Indian journal of veterinary science and animal husbandry - Volume 3,
Year: 1933
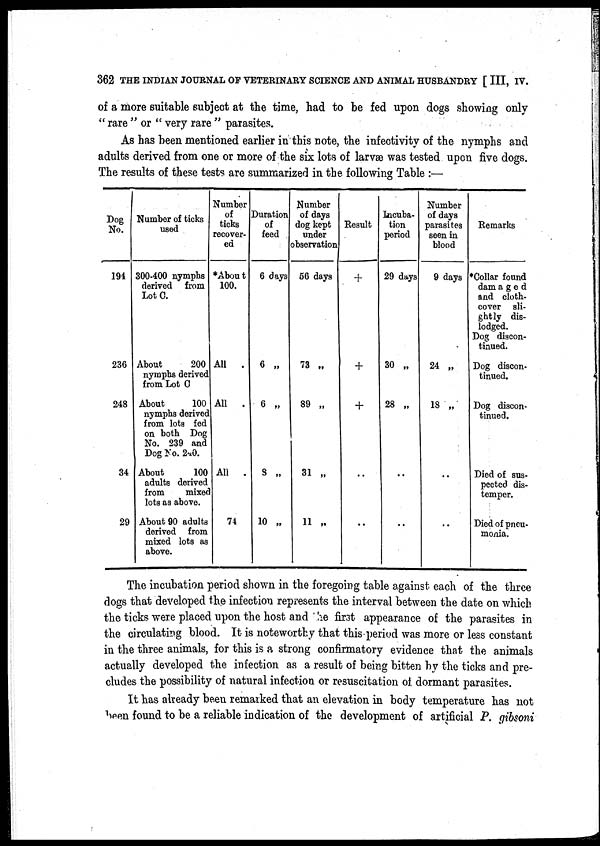
362 THE INDIAN JOURNAL OF VETERINARY SCIENCE AND ANIMAL HUSBANDRY [III, IV.
of a more suitable subject at the time, had to be fed upon dogs showing only
" rare " or " very rare " parasites.
As has been mentioned earlier in this note, the infectivity of the nymphs and
adults derived from one or more of the six lots of larvae was tested upon five dogs.
The results of these tests are summarized in the following Table :—
Dog
No.
194
236
248
34
29
Number of ticks
used
300-400 nymphs
derived from
Lot C.
About
200
nymphs derived
from Lot C
About
100
nymphs derived
from lots fed
on both Dog
No. 239 and
Dog No. 240.
About
100
adults derived
from
mixed
lots as above.
About 90 adults
derived from
mixed lots as
above.
Number
of
ticks
recover-
ed
*About
100.
All .
All .
All .
74
Duration
of
feed
6 days
6 „
6 „
8 „
10 „
Number
of days
dog kept
under
observation
56 days
73 „
89 „
31 „
11 „
Result
+
+
+
..
..
Incuba-
tion
period
29 days
30 „
28 „
..
..
Number
of days
parasites
seen in
blood
9 days
24 „
18 „
..
..
Remarks
*Collar found
damaged
and cloth¬
cover sli-
ghtly dis-
lodged.
Dog discon-
tinued.
Dog discon-
tinued.
Dog discon-
tinued.
Died of sus-
pected dis-
temper.
Died of pneu-
monia.
The incubation period shown in the foregoing table against each of the three
dogs that developed the infection represents the interval between the date on which
the ticks were placed upon the host and the first appearance of the parasites in
the circulating blood. It is noteworthy that this period was more or less constant
in the three animals, for this is a strong confirmatory evidence that the animals
actually developed the infection as a result of being bitten by the ticks and pre-
cludes the possibility of natural infection or resuscitation of dormant parasites.
It has already been remarked that an elevation in body temperature has not
been found to be a reliable indication of the development of artificial P. gibsoni